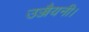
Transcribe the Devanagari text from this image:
उज्जैयनी।